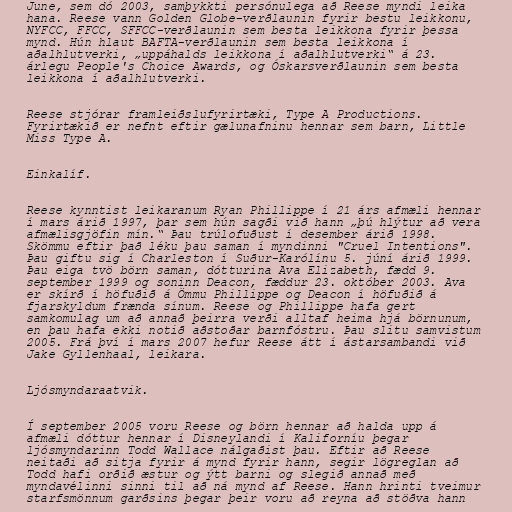
June, sem dó 2003, samþykkti persónulega að Reese myndi leika
hana. Reese vann Golden Globe-verðlaunin fyrir bestu leikkonu,
NYFCC, FFCC, SFFCC-verðlaunin sem besta leikkona fyrir þessa
mynd. Hún hlaut BAFTA-verðlaunin sem besta leikkona í
aðalhlutverki, „uppáhalds leikkona í aðalhlutverki“ á 23.
árlegu People's Choice Awards, og Óskarsverðlaunin sem besta
leikkona í aðalhlutverki.

Reese stjórar framleiðslufyrirtæki, Type A Productions.
Fyrirtækið er nefnt eftir gælunafninu hennar sem barn, Little
Miss Type A.

Einkalíf.

Reese kynntist leikaranum Ryan Phillippe í 21 árs afmæli hennar
í mars árið 1997, þar sem hún sagði við hann „þú hlýtur að vera
afmælisgjöfin mín.“ Þau trúlofuðust í desember árið 1998.
Skömmu eftir það léku þau saman í myndinni "Cruel Intentions".
Þau giftu sig í Charleston í Suður-Karólínu 5. júní árið 1999.
Þau eiga tvö börn saman, dótturina Ava Elizabeth, fædd 9.
september 1999 og soninn Deacon, fæddur 23. október 2003. Ava
er skírð í höfuðið á Ömmu Phillippe og Deacon í höfuðið á
fjarskyldum frænda sínum. Reese og Phillippe hafa gert
samkomulag um að annað þeirra verði alltaf heima hjá börnunum,
en þau hafa ekki notið aðstoðar barnfóstru. Þau slitu samvistum
2005. Frá því í mars 2007 hefur Reese átt í ástarsambandi við
Jake Gyllenhaal, leikara.

Ljósmyndaraatvik.

Í september 2005 voru Reese og börn hennar að halda upp á
afmæli dóttur hennar í Disneylandi í Kaliforníu þegar
ljósmyndarinn Todd Wallace nálgaðist þau. Eftir að Reese
neitaði að sitja fyrir á mynd fyrir hann, segir lögreglan að
Todd hafi orðið æstur og ýtt barni og slegið annað með
myndavélinni sinni til að ná mynd af Reese. Hann hrinti tveimur
starfsmönnum garðsins þegar þeir voru að reyna að stöðva hann